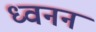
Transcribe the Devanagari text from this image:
ध्वनन